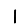
Digit: 1